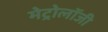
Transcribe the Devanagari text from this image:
मेट्रोलॉजी